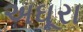
અઘૂરા